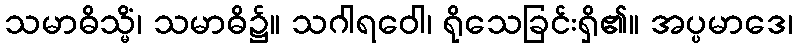
သမာဓိသ္မိံ၊ သမာဓိ၌။ သဂါရဝေါ၊ ရိုသေခြင်းရှိ၏။ အပ္ပမာဒေ၊